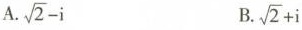
A. \sqrt{2}-i B. \sqrt{2}+i